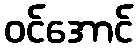
ဝင်အောင်